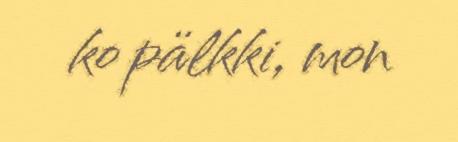
ko pälkki, mon